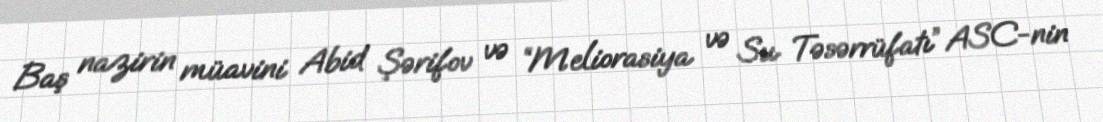
Baş nazirin müavini Abid Şərifov və “Meliorasiya və Su Təsərrüfatı” ASC-nin